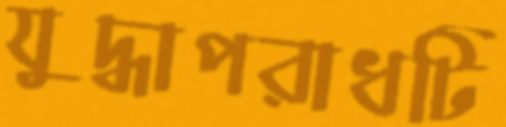
যুদ্ধাপরাধটি